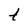
Character: t